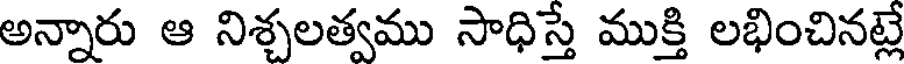
అన్నారు ఆ నిశ్చలత్వము సాధిస్తే ముక్తి లభించినట్లే